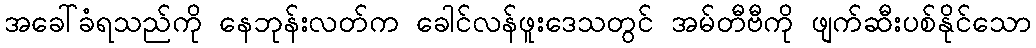
အခေါ်ခံရသည်ကို နေဘုန်းလတ်က ခေါင်လန်ဖူးဒေသတွင် အမ်တီဗီကို ဖျက်ဆီးပစ်နိုင်သော